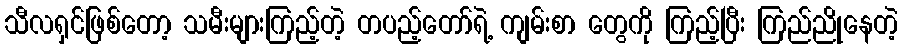
သီလရှင်ဖြစ်တော့ သမီးများကြည့်တဲ့ တပည့်တော်ရဲ့ ကျမ်းစာ တွေကို ကြည့်ပြီး ကြည်ညိုနေတဲ့